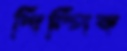
শিল্পিক